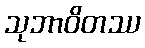
သုဘာဝိတဿ